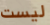
ليست